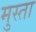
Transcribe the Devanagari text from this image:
मुस्ता